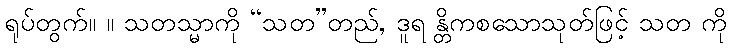
ရုပ်တွက်။ ။ သတသ္မာကို “သတ”တည်, ဒူရ န္တိကစသောသုတ်ဖြင့် သတ ကို